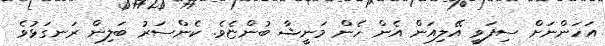
އަހަންނަށް ސިފަވީ އޭލިއަން އެން ހެން މަނީޝާ ބުންޏެވެ. ކެންސަރު ބަލިން ރަނގަޅުވެ